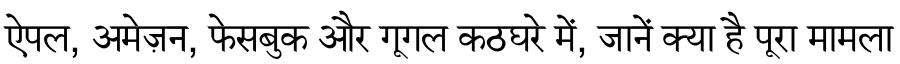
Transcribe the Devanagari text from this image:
ऐपल, अमेज़न, फेसबुक और गूगल कठघरे में, जानें क्या है पूरा मामला